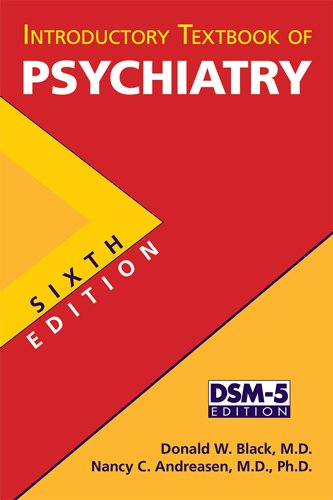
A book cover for Introductory Textbook of Psychiatry; Donald W. Black; Medical Books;